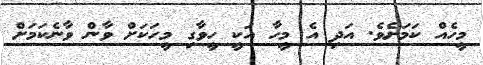
މީހެއް ކަމަށެވެ. އަދި އެ މީހާ އަކީ ހީވާގި މީހަކަށް ވާން ވާނެކަމަށް